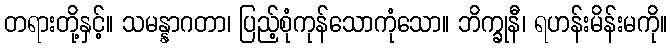
တရားတို့နှင့်။ သမန္နာဂတာ၊ ပြည့်စုံကုန်သောကုံသော။ ဘိက္ခုနီ၊ ရဟန်းမိန်းမကို။